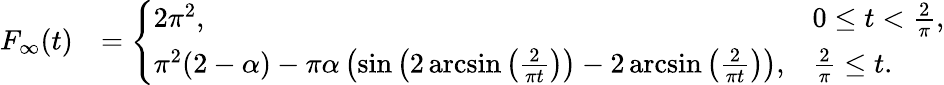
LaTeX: \begin{array}{rl}{F_{\infty}(t)}&{=\left\{ \begin{array}{ll}{2\pi^{2},}&{0\leq t<\frac{2}{\pi},}\\ {\pi^{2}(2-\alpha)-\pi\alpha\left(\sin\left(2\arcsin\left(\frac{2}{\pi t}\right)\right)-2\arcsin\left(\frac{2}{\pi t}\right)\right),}&{\frac{2}{\pi}\leq t.}\end{array}\right.}\end{array}